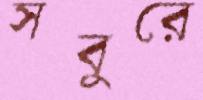
সবুরে